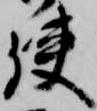
使